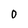
Character: 0